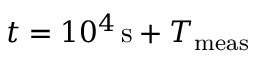
t = 1 0 ^ { 4 } \, \mathrm { s } + T _ { \mathrm { m e a s } }